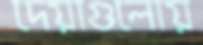
দেয়াগুলোয়